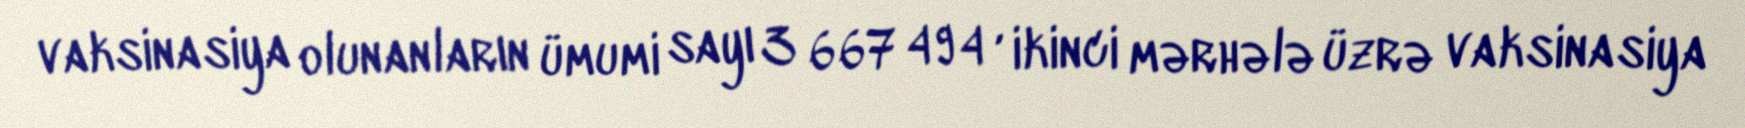
vaksinasiya olunanların ümumi sayı 3 667 494 , ikinci mərhələ üzrə vaksinasiya